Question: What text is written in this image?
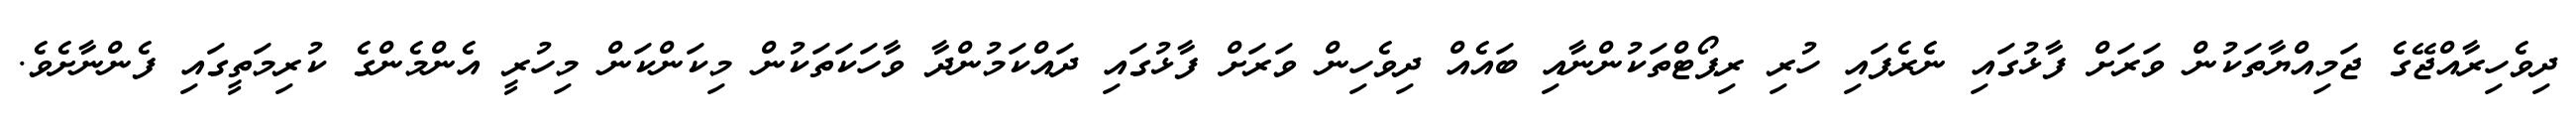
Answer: ދިވެހިރާއްޖޭގެ ޖަމިއްޔާތަކުން ވަރަށް ފާޅުގައި ނެރެފައި ހުރި ރިޕޯޓްތަކުންނާއި ބައެއް ދިވެހިން ވަރަށް ފާޅުގައި ދައްކަމުންދާ ވާހަކަތަކުން މިކަންކަން މިހުރީ އެންމެންގެ ކުރިމަތީގައި ފެންނާށެވެ.